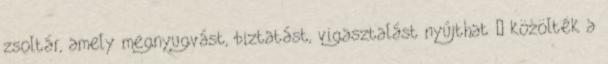
zsoltár, amely megnyugvást, biztatást, vigasztalást nyújthat – közölték a